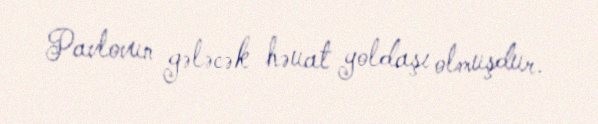
Pavlovun gələcək həuat yoldaşı olmuşdur.